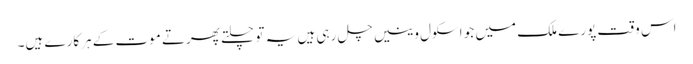
اس وقت پورے ملک میں جو اسکول وینیں چل رہی ہیں یہ تو چلتے پھرتے موت کے ہرکارے ہیں۔